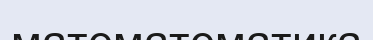
математематика